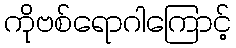
ကိုဗစ်ရောဂါကြောင့်